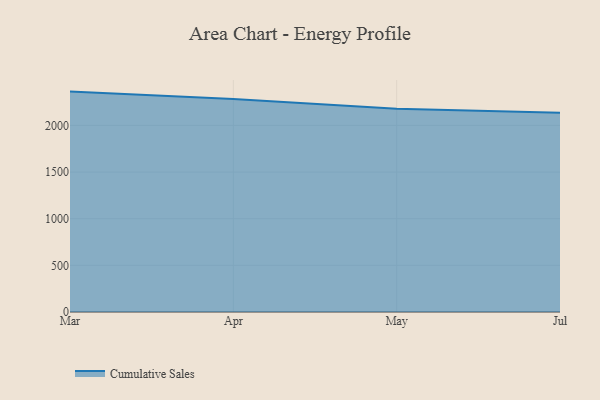
{"axis": {"x": "Month", "y": "Page Views"}, "legend": ["Cumulative Sales"], "data": [{"x": "Mar", "y": 2362.4, "type": "Cumulative Sales"}, {"x": "Apr", "y": 2283.5, "type": "Cumulative Sales"}, {"x": "May", "y": 2179.2, "type": "Cumulative Sales"}, {"x": "Jul", "y": 2134.7, "type": "Cumulative Sales"}]}